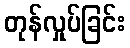
တုန်လှုပ်ခြင်း